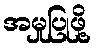
အမှုပြုဖို့